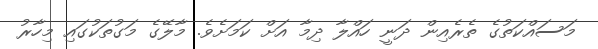
މަސައްކަތުގެ ތެރެއިން ދަނީ ހައްލާ ދިމާ އަށް ކަމަށެވެ. މާލޭގެ މަގުތަކުގައި މިހާރު